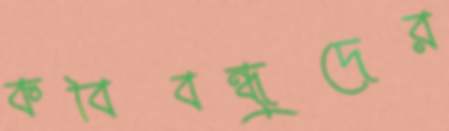
কবিবন্ধুদের